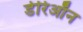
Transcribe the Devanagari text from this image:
डेरिऑन